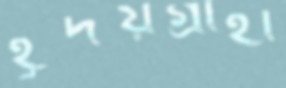
হূদয়গ্রাহী